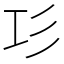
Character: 㣉